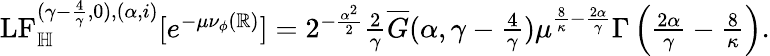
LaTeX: \begin{array}{r}{\mathrm{LF}_{\mathbb H}^{(\gamma-\frac{4}{\gamma},0),(\alpha,i)}[e^{-\mu\nu_{\phi}(\mathbb R)}]=2^{-\frac{\alpha^{2}}{2}}\frac{2}{\gamma}\overline{G}(\alpha,\gamma-\frac{4}{\gamma})\mu^{\frac{8}{\kappa}-\frac{2\alpha}{\gamma}}\Gamma\left(\frac{2\alpha}{\gamma}-\frac{8}{\kappa}\right).}\end{array}